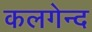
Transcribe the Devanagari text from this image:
कलगेन्द